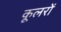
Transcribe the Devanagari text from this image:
कूलरों